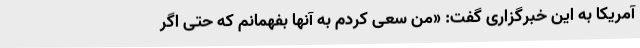
آمریکا به این خبرگزاری گفت: «من سعی کردم به آنها بفهمانم که حتی اگر